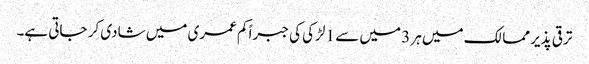
ترقی پذیر ممالک میں ہر 3 میں سے 1 لڑکی کی جبراً کم عمری میں شادی کر جاتی ہے۔